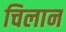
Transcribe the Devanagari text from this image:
चिलान